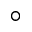
^ { \circ }